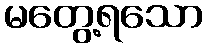
မတွေ့ရသော